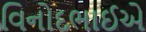
વિનોદભાઈએ